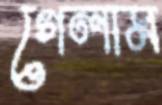
গেলাম